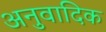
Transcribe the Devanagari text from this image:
अनुवादिक